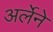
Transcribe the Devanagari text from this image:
अर्लेने